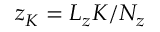
z _ { K } = L _ { z } K / N _ { z }